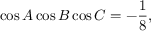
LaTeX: \cos A \cos B \cos C = - { \frac { 1 } { 8 } } ,